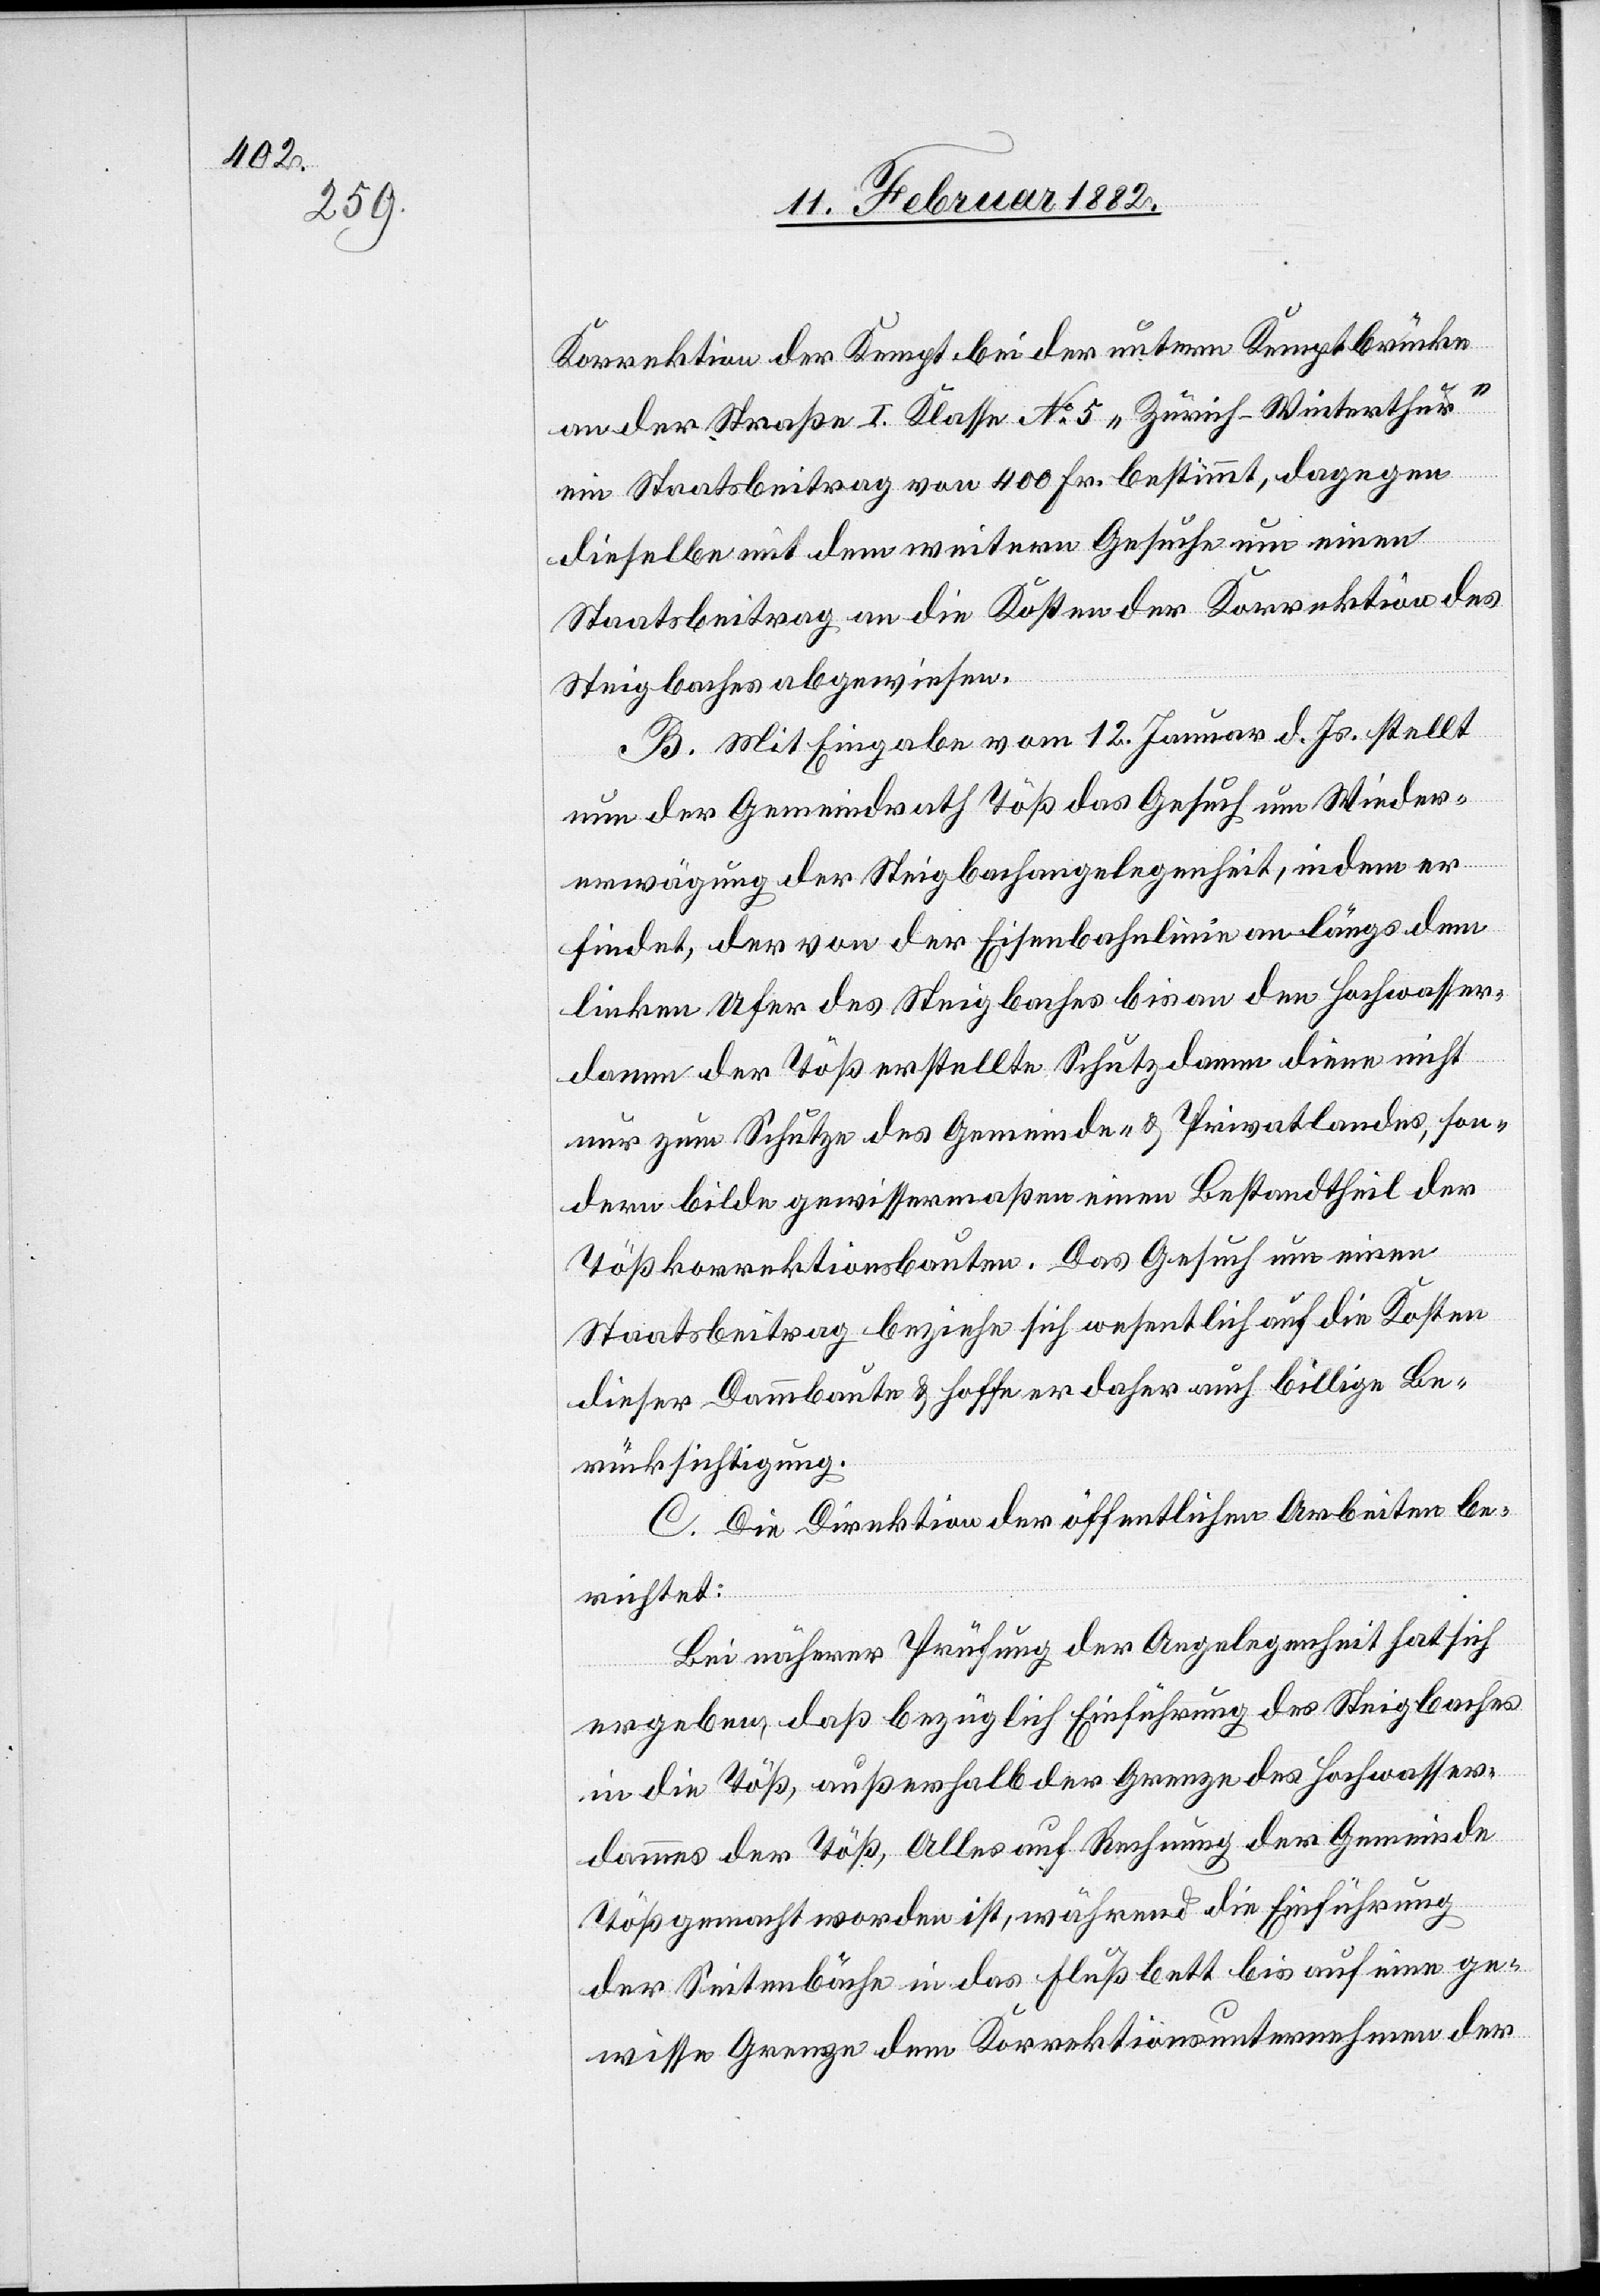
Korrektion der Kempt bei der untern Kemptbrücke
an der Straße I. Klasse No 5 „Zürich–Winterthur“
ein Staatsbeitrag von 400 Fr. bestimmt, dagegen
dieselbe mit dem weiteren Gesuche um einen
Staatbeitrag an die Kosten der Korrektion des
Steigbaches abgewiesen.
B. Mit Eingabe vom 12. Januar d. Js. stellt
nun der Gemeindrath Töß das Gesuch um Wieder¬
erwägung der Steigbachangelegenheit, indem er
findet, der von der Eisenbahnlinie an längs dem
linken Ufer des Steigbaches bis an den Hochwasser¬
damm der Töß erstellte Schutzdamm diene nicht
nur zum Schutze des Gemeinde- & Privatlandes, son¬
dern bilde gewissermaßen einen Bestandtheil der
Tößkorrektionsbauten. – Das Gesuch um einen
Staatsbeitrag beziehe sich wesentlich auf die Kosten
dieser Dammbaute & hoffe er daher auch billige Be¬
rücksichtigung.
C. Die Direktion der öffentlichen Arbeiten be¬
richtet:
Bei näherer Prüfung der Angelegenheit hat sich
ergeben, daß bezüglich Einführung des Steigbaches
in die Töß, außerhalb der Grenze des Hochwasser¬
dammes der Töß, Alles auf Rechnung der Gemeinde
Töß gemacht worden ist, während die Einführung
der Seitenbäche in das Flußbett bis auf eine ge¬
wisse Grenze dem Korrektionsunternehmen der